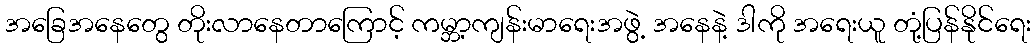
အခြေအနေတွေ တိုးလာနေတာကြောင့် ကမ္ဘာ့ကျန်းမာရေးအဖွဲ့ အနေနဲ့ ဒါကို အရေးယူ တုံ့ပြန်နိုင်ရေး